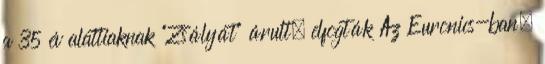
a 35 év alattiaknak "Zsályát" árult, elfogták Az Euronics-ban,